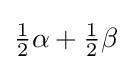
{\tfrac {1}{2}}\alpha +{\tfrac {1}{2}}\beta